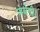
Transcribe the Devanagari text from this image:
जयेगी।